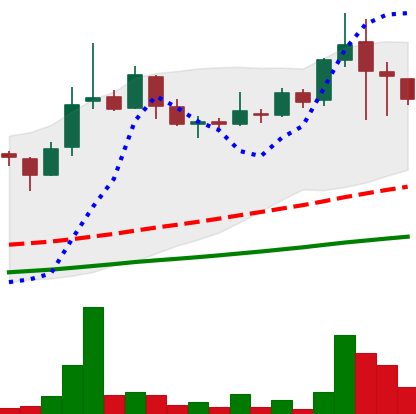
Ticker: LINK-USD
Chart end date: 2018-11-16
Forward return: -28.346%
Label: down_7plus